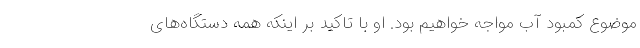
موضوع کمبود آب مواجه خواهیم بود. او با تاکید بر اینکه همه‌ دستگاه‌های